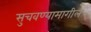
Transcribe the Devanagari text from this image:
सुचवण्यामागील